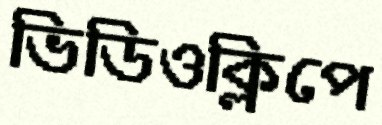
ভিডিওক্লিপে